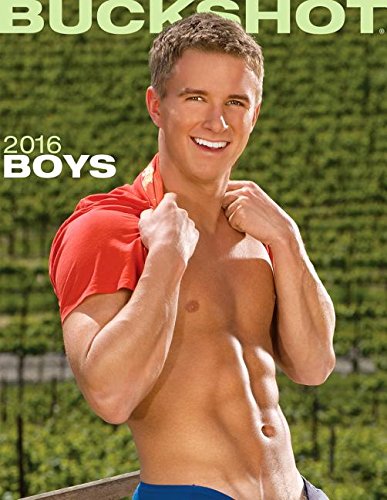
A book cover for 2016 Boys Calendar; Arts & Photography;